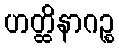
ဟတ္ထိနာဂဉ္စ